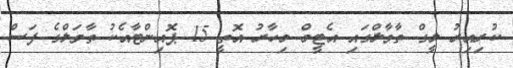
ކުރިއިރު ލީގް ތާވާލްގައި އެޓީމް މިހާރު އޮތީ 15 ޕޮއިންޓާއެކު ތާވަލްގެ ފަސް